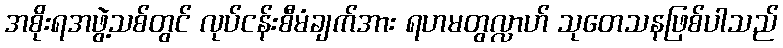
အစိုးရအဖွဲ့သစ်တွင် လုပ်ငန်းစီမံချက်အား ရဟမတွလ္လာဟ် သုတေသနဖြစ်ပါသည်